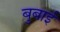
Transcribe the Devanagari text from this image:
बुबाई